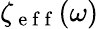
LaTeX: \zeta_{\mathrm{~e~f~f~}}(\omega)